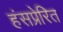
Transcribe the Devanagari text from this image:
हंसप्रेरित